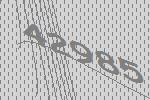
42985